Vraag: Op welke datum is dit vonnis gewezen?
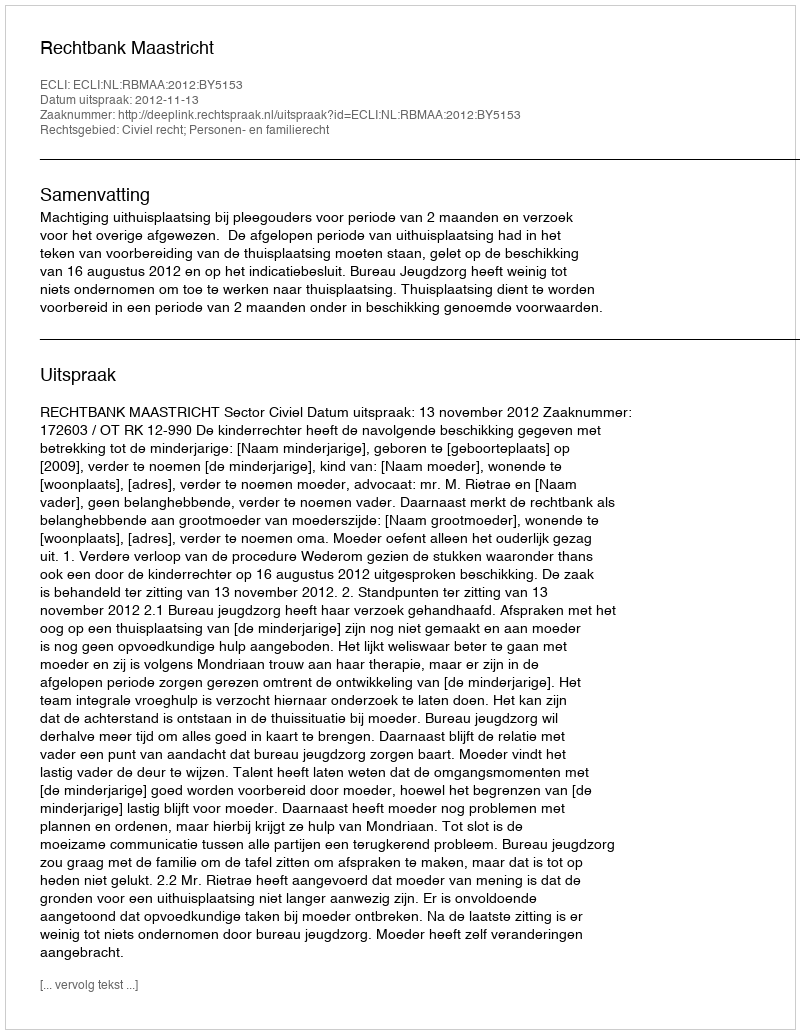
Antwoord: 2012-11-13